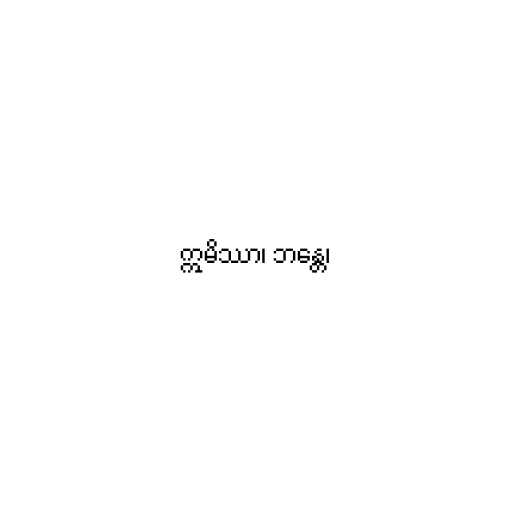
ဣမိဿာ၊ ဘန္တေ၊